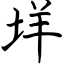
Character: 垟